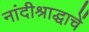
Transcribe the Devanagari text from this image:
नांदीश्राद्धाचें